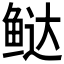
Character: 𬶑